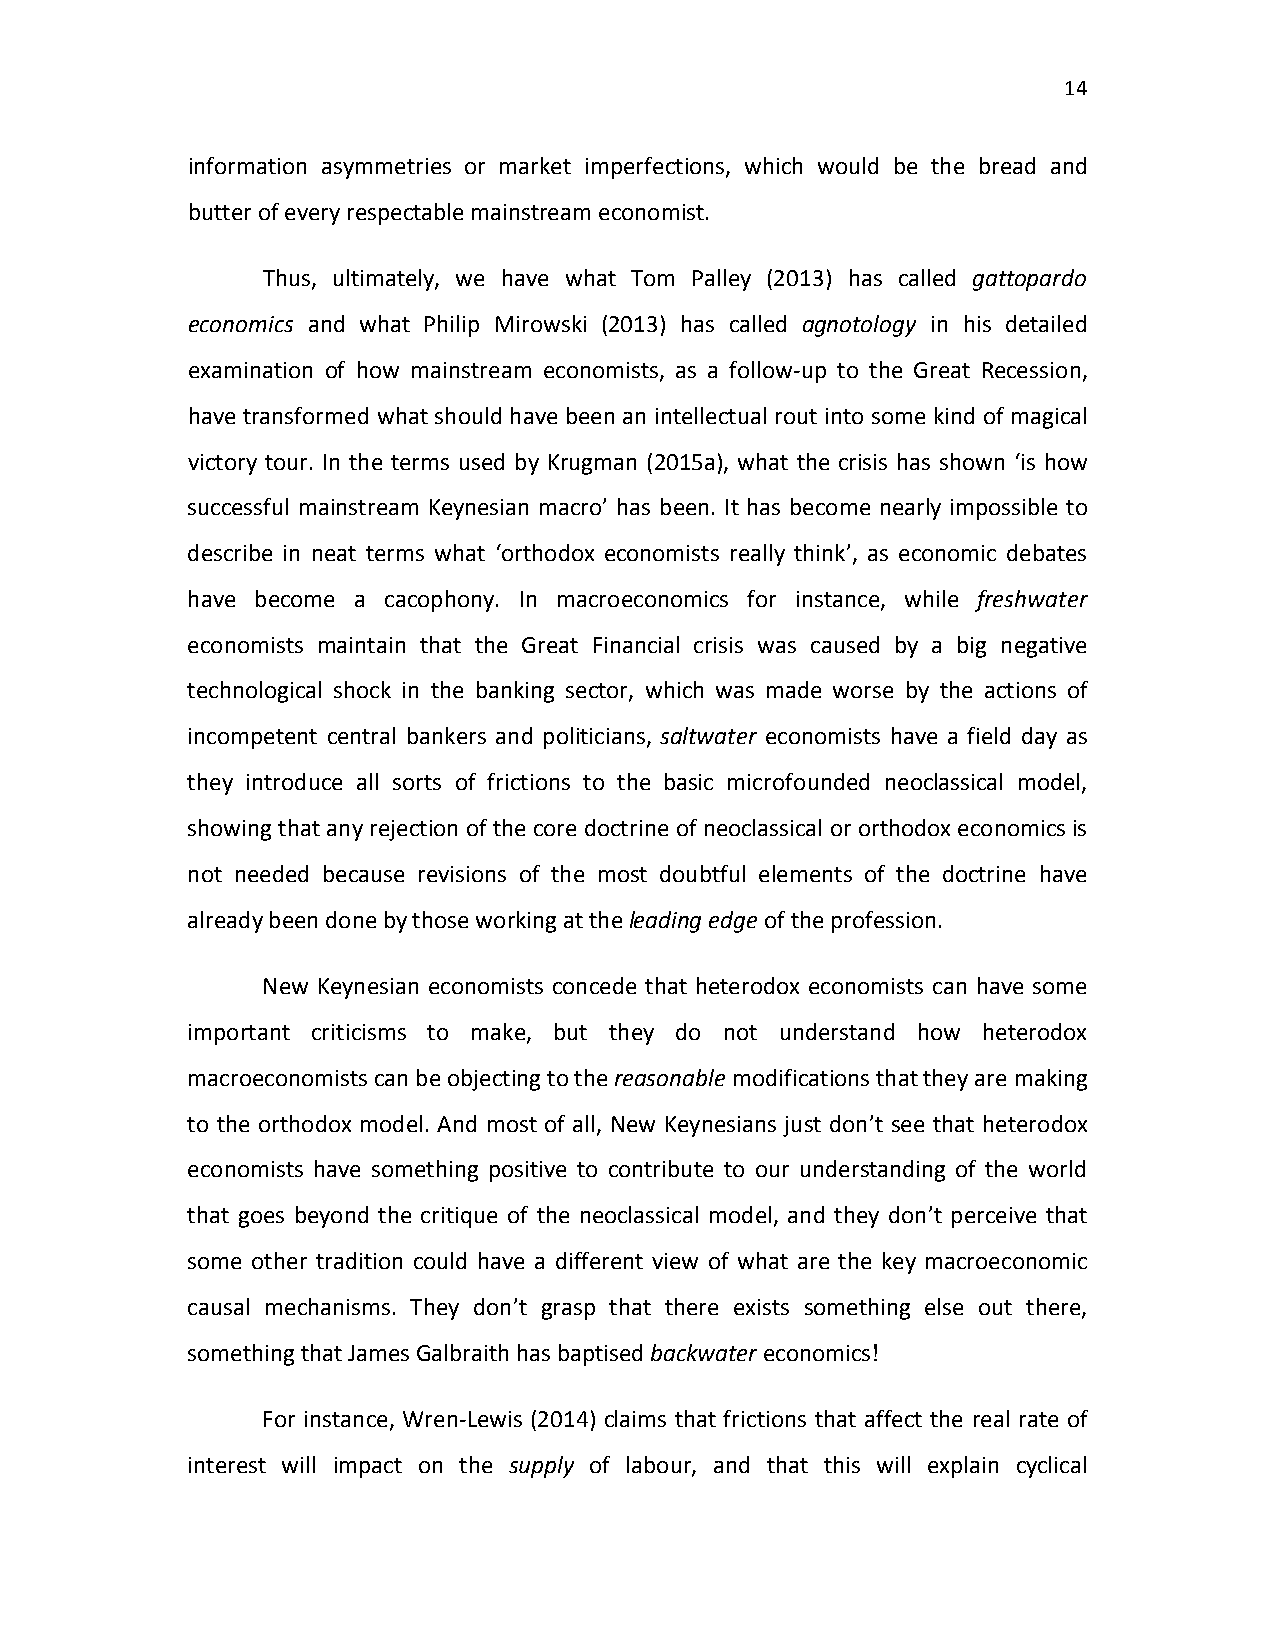
14
 information asymmetries or market imperfections, which would be the bread and
 butter of every respectable mainstream economist.
 Thus, ultimately, we have what Tom Palley (2013) has called gattopardo
 economics and what Philip Mirowski (2013) has called agnotology in his detailed
 examination of how mainstream economists, as a follow-up to the Great Recession,
 have transformed what should have been an intellectual rout into some kind of magical
 victory tour. In the terms used by Krugman (2015a), what the crisis has shown ‘is how
 successful mainstream Keynesian macro’ has been. It has become nearly impossible to
 describe in neat terms what ‘orthodox economists really think’, as economic debates
 have become a cacophony. In macroeconomics for instance, while freshwater
 economists maintain that the Great Financial crisis was caused by a big negative
 technological shock in the banking sector, which was made worse by the actions of
 incompetent central bankers and politicians, saltwater economists have a field day as
 they introduce all sorts of frictions to the basic microfounded neoclassical model,
 showing that any rejection of the core doctrine of neoclassical or orthodox economics is
 not needed because revisions of the most doubtful elements of the doctrine have
 already been done by those working at the leading edge of the profession.
 New Keynesian economists concede that heterodox economists can have some
 important criticisms to make, but they do not understand how heterodox
 macroeconomists can be objecting to the reasonable modifications that they are making
 to the orthodox model. And most of all, New Keynesians just don’t see that heterodox
 economists have something positive to contribute to our understanding of the world
 that goes beyond the critique of the neoclassical model, and they don’t perceive that
 some other tradition could have a different view of what are the key macroeconomic
 causal mechanisms. They don’t grasp that there exists something else out there,
 something that James Galbraith has baptised backwater economics!
 For instance, Wren-Lewis (2014) claims that frictions that affect the real rate of
 interest will impact on the supply of labour, and that this will explain cyclical